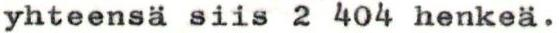
yhteensä siis 2 404 henkeä.